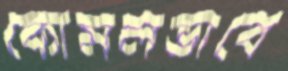
কোমলভাবে